King Institute of Preventive Medicine Micro-Biological Section reports 1912-19
Year: 1912
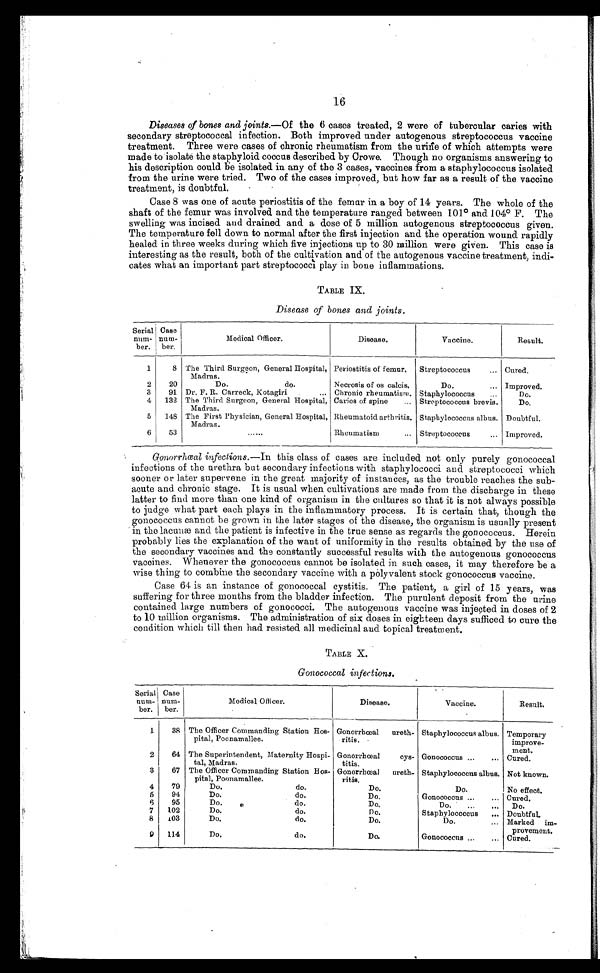
16
Diseases of bones and joints.— Of the 6 cases treated, 2 were of tubercular caries with
secondary streptococcal infection. Both improved under autogenous streptococcus vaccine
treatment. Three were cases of chronic rheumatism from the uriń e of which attempts were
made to isolate the staphyloid coccus described by Crowe. Though no organisms answering to
his description could be isolated in any of the 3 cases, vaccines from a staphylococcus isolated
from the urine were tried. Two of the cases improved, but how far as a result of the vaccine
treatment, is doubtful.
Case 8 was one of acute periostitis of the femur in a boy of 14 years. The whole of the
shaft of the femur was involved and the temperature ranged between 101° and 104° F. The
swelling was incised and drained and a dose of 5 million autogenous streptococcus given.
The temperature fell down to normal after the first injection and the operation wound rapidly
healed in three weeks during which five injections up to 30 million were given. This case is
interesting as the result, both of the cultivation and of the autogenous vaccine treatment, indi
- c a t e s w h a t a n i m p o r t a n t p a r t s t r e p t o c o c c i p l a y i n b o n e i n f l a m m a t i o n s .
TABLE IX.
Disease of bones and joints.
Serial
n u m - b e r . . .
Case
num-
ber.
Medical Officer.
Disease.
Vaccine.
Result.
1
8 The Third Surgeon, General Hospital,
Madras.
Periostitis of femur.
Streptococcus . . . Cured.
2
20
Do. do.
Necrosis of os calcis.
Do. . . . Improved.
3
91 Dr. F. R. Carreck, Kotagiri . . . Chronic rheumatism. Staphylococcus . . .
Do.
4
132 The Third Surgeon, General Hospital,
Madras.
Caries of spine . . .
Streptococcus brevis.
Do.
5
148 The First Physician, General Hospital,
Madras.
Rheumatoid arthritis. Staphylococcus albus. Doubtful.
6
53
. . .
Rheumatism . . .
Streptococcus . . . Improved.
Gonorrhœal infections.— In this class of cases are included not only purely gonococcal
infections of the urethra but secondary infections with staphylococci and streptococci which
sooner or later supervene in the great majority of instances, as the trouble reaches the sub
- a c u t e a n d c h r o n i c s t a g e . I t i s u s u a l w h e n c u l t i v a t i o n s a r e m a d e f r o m t h e d i s c h a r g e i n t h e s e
latter to find more than one kind of organism in the cultures so that it is not always possible
to judge what part each plays in the inflammatory process. It is certain that, though the
gonococcus cannot be grown in the later stages of the disease, the organism is usually present
in the lacunæ and the patient is infective in the true sense as regards the gonococcus. Herein
probably lies the explanation of the want of uniformity in the results obtained by the use of
the secondary vaccines and the constantly successful results with the autogenous gonococcus
vaccines. Whenever the gonococcus cannot be isolated in such cases, it may therefore be a
wise thing to combine the secondary vaccine with a polyvalent stock gonococcus vaccine.
Case 64 is an instance of gonococcal cystitis. The patient, a girl of 15 years, was
suffering for three months from the bladder infection. The purulent deposit from the urine
contained large numbers of gonococci. The autogenous vaccine was injected in doses of 2
to 10 million organisms. The administration of six doses in eighteen days sufficed to cure the
condition which till then had resisted all medicinal and topical treatment.
TABLE X.
Gonococcal infections.
Serial
num-
ber.
Case
num-
ber.
Medical Officer.
Disease.
Vaccine.
Result.
1
38 The Officer Commanding Station Hos-
pital, Poonamallee.
Gonorrhœal ureth-
ritis.
Staphylococcus albus. Temporary
improve
-
ment.
2
64 The Superintendent, Maternity Hospi-
tal, Madras.
Gonorrhœal cys
-titis.
Gonococcus . . .
Cured.
3
67 The Officer Commanding Station Hos-
pital, Poonamallee.
Gonorrhœal ureth-
r i t i s .
Staphylococcus albus. Not known.
4
79
Do. do.
Do.
Do.
No effect.
5
94
Do. do.
Do.
Gonococcus . . . Cured.
6
95
Do. do.
D o .
Do. . . .
Do.
7
102
Do. do.
Do.
Staphylococcus . . . Doubtful.
8
103
Do. do.
Do.
Do. . . . Marked im
-provement.
9
114
Do. do.
Do.
Gonococcus . . . Cured.